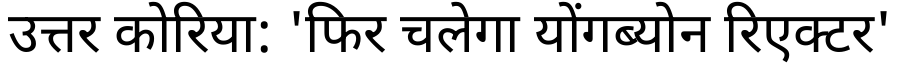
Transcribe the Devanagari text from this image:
उत्तर कोरिया: 'फिर चलेगा योंगब्योन रिएक्टर'